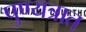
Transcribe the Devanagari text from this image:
पुण्यत्रात